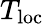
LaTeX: T_{\textrm{loc}}